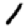
Digit: 1